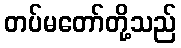
တပ်မတော်တို့သည်